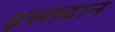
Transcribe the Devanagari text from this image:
इस्तदान